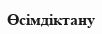
Өсімдіктану